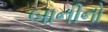
બાનીનો